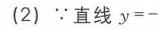
(2) $\because$ 直线 $y = -$